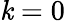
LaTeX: \mathit{k}=0